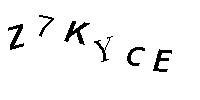
Z7KYCE